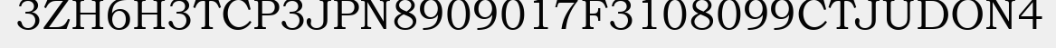
3ZH6H3TCP3JPN8909017F3108099CTJUDON4